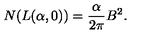
N ( L ( \alpha , 0 ) ) = \frac { \alpha } { 2 \pi } B ^ { 2 } .